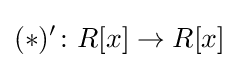
(\ast )^{\prime }\colon R[x]\to R[x]